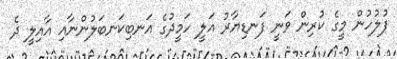
ފުލުހުން މީގެ ކުރިން ވަނީ ފަނޑިޔާރު އަލީ ހަމީދުގެ އަނބިކަނބަލުންނާއި އާއިލީ ދެ